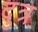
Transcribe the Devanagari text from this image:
दुत्र